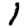
Digit: 1